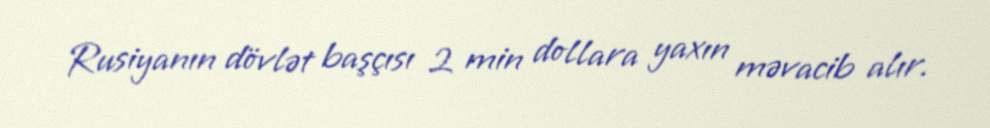
Rusiyanın dövlət başçısı 2 min dollara yaxın məvacib alır.